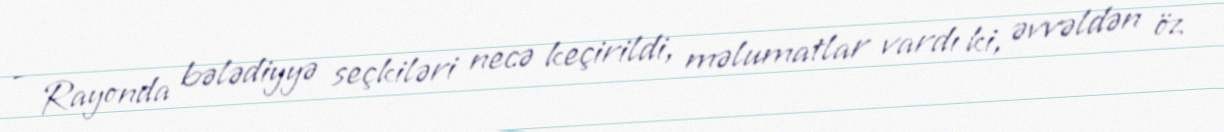
- Rayonda bələdiyyə seçkiləri necə keçirildi, məlumatlar vardı ki, əvvəldən öz